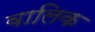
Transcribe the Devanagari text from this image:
वालिक